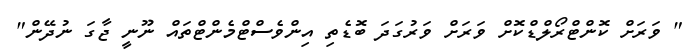
" ވަރަށް ކޮންޓްރޯލްޑްކޮށް ވަރަށް ވަރުގަދަ ބޮޑެތި އިންވެސްޓްމެންޓްތައް ނޫނީ ޖާގަ ނުދޭން"